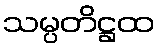
သမ္ပတိဋ္ဌထ